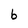
Character: b